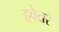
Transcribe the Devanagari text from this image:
हवेतर